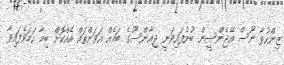
ޒިންހުވާ ނޫސް އޭޖެންސީން ބުނެފައިވަނީ ޖިއާންސޫގެ ބައެއް އަވަށްތައް އެއްކޮށް ބިމާ ހަމަވެފައިވާ